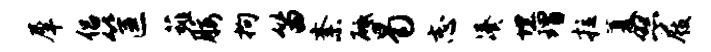
犀侣筐薤腰拘笛紊砥曷志凑埋瑁拉厦照屐